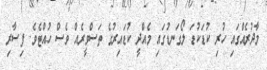
މާދުރެއްގައި ހުރި ކުޑަކުޑަ ލޯގަނޑުގައި މެއްދީ ކުޑައިރުގެ ތަސްވީރެއް ވެސް ހުއްޓެވެ. ފިސާރި